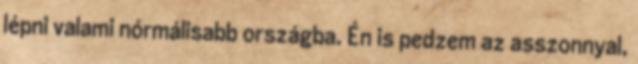
lépni valami nórmálisabb országba. Én is pedzem az asszonnyal,